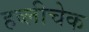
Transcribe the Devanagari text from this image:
हव्लीचेक